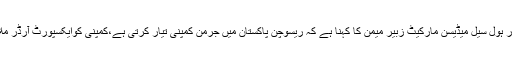
ملیریا کی ریسوچن ٹیبلٹ مارکیٹ سے غائب ہونے پر صدر ہول سیل میڈیسن مارکیٹ زبیر میمن کا کہنا ہے کہ ریسوچن پاکستان میں جرمن کمپنی تیار کرتی ہے،کمپنی کوایکسپورٹ آرڈر ملا ہے لیکن پہلے پاکستان میں اس کی دستیابی کروائیں گے۔